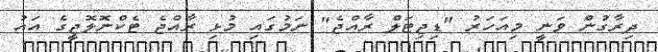
ދިރާގުން ވަނީ މިއަހަރު "ޑިޖިޓަލް ރާއްޖެ" ނަމުގައި މުޅި ރާއްޖެ ޓެކްނޮލޮޖީގެ އައު